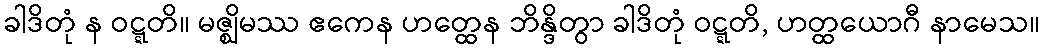
ခါဒိတုံ န ဝဋ္ဋတိ။ မဇ္ဈိမဿ ဧကေန ဟတ္ထေန ဘိန္ဒိတွာ ခါဒိတုံ ဝဋ္ဋတိ, ဟတ္ထယောဂီ နာမေသ။